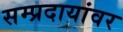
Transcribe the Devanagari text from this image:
सम्प्रदायांवर